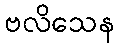
ဗလိသေန